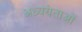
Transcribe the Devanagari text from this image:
अध्ययेताओं